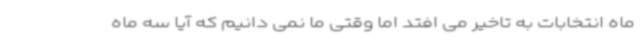
ماه انتخابات به تاخیر می افتد اما وقتی ما نمی دانیم که آیا سه ماه